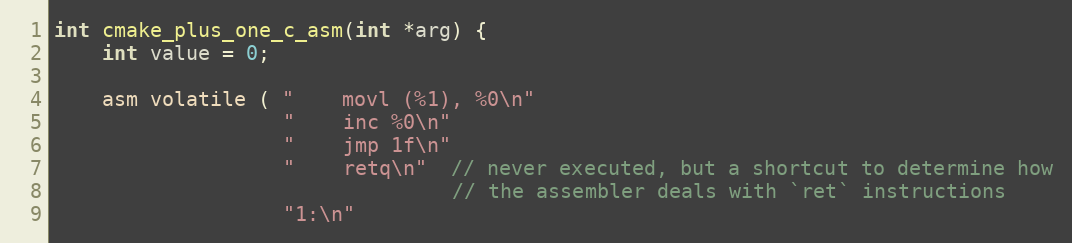
Language: C
int cmake_plus_one_c_asm(int *arg) {
    int value = 0;

    asm volatile ( "    movl (%1), %0\n"
                   "    inc %0\n"
                   "    jmp 1f\n"
                   "    retq\n"  // never executed, but a shortcut to determine how
                                 // the assembler deals with `ret` instructions
                   "1:\n"